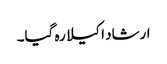
ارشاد اکیلا رہ گیا۔